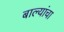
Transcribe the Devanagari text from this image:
बाल्यांचा